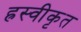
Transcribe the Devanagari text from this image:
ह्रस्वीकृत